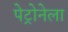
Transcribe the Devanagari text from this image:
पेट्रोनेला